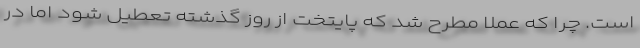
است. چرا که عملاً مطرح شد که پایتخت از روز گذشته تعطیل شود اما در